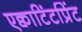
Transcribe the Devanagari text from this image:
एक्वाटिंटप्रिंट